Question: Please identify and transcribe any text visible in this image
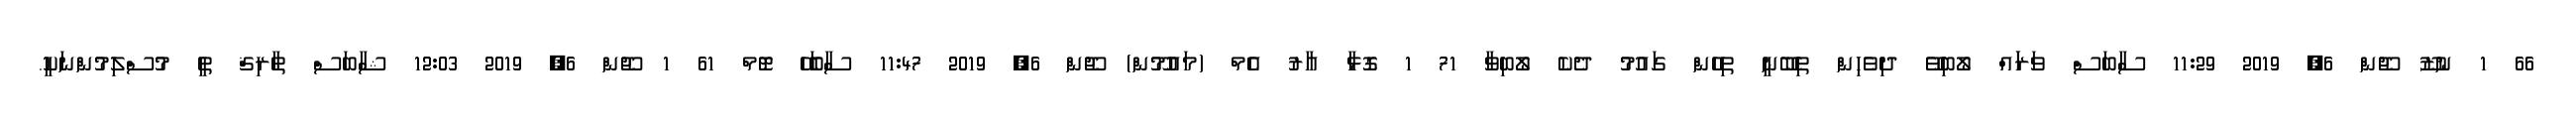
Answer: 66 1 ނުޒޫ ޖޫން 6, 2019 11:29 ސާބަސް ވަރަައް ލޯބިވޭ ދިވެހިން ތިބޭނީ ތިހެން ގައުމު ދެކެ ލޯބިވާ 71 1 ގޮޅާ އާރު އެމް (މައުމޫން) ޖޫން 6, 2019 11:47 ސާބަހޭ ޓޮމް 61 1 ޖޫން 6, 2019 12:03 ޝާބަސް ޠާރިޤް ތީ މުސްލިމުންނަކީ.